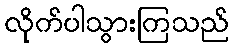
လိုက်ပါသွားကြသည်